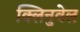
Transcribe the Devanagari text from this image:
क्लिनुवेल